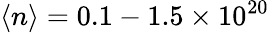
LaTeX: \langle n\rangle=0.1-1.5\times 10^{20}